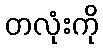
တလုံးကို